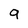
Character: a